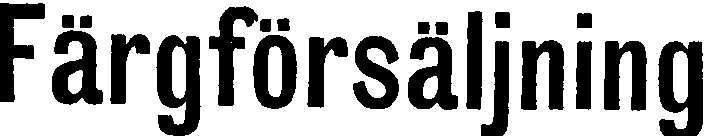
Färgförsäljning